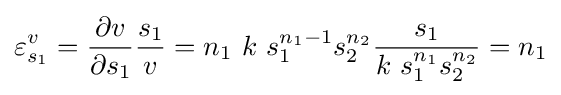
\varepsilon _{s_{1}}^{v}={\frac {\partial v}{\partial s_{1}}}{\frac {s_{1}}{v}}=n_{1}\ k\ s_{1}^{n_{1}-1}s_{2}^{n_{2}}{\frac {s_{1}}{k\ s_{1}^{n_{1}}s_{2}^{n_{2}}}}=n_{1}